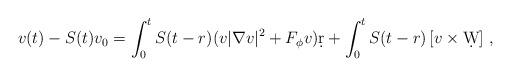
LaTeX: \begin{align*}v(t)-S(t)v_0=\int_0^tS(t-r)(v|\nabla v|^2+F_\phi v)\d r+\int_0^t S(t-r)\left[v\times \d W\right]\,,\end{align*}